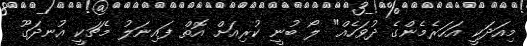
މިއަދަކީ އަހަރެމެންގެ ދުވަހެއް" ލޯ ބުނީ ކުރިއަށް އޮތް ފައިނަލު މެޗަކީ އުނދަގޫ